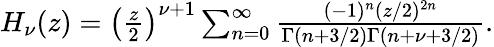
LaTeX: \begin{array}{r}{H_{\nu}(z)=\left(\frac{z}{2}\right)^{\nu+1}\sum_{n=0}^{\infty}\frac{(-1)^{n}(z/2)^{2n}}{\Gamma(n+3/2)\Gamma(n+\nu+3/2)}.}\end{array}